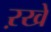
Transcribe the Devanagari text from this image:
ऱखे